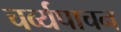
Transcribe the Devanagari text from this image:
चर्व्यपाचन